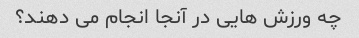
چه ورزش هایی در آنجا انجام می دهند؟